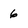
Character: 6